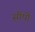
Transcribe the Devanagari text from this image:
सौंपीं